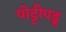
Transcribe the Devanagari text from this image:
पोट्टीपडू